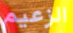
الزعيم